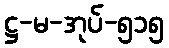
ဋ္ဌ-မ-အုပ်-၅၁၅